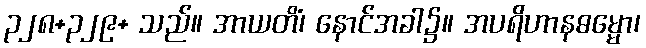
၃၂၈+၃၂၉+ သည်။ အာယတိံ၊ နောင်အခါ၌။ အပရိဟာနဓမ္မော၊